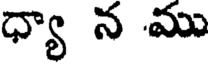
ధ్యా న ము